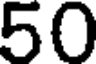
50